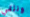
ونلقي